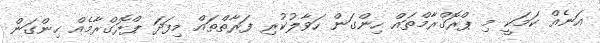
އަނެއް ކަމަކީ މި ޕްރޮގްރާމްތައް ހިންގަން ހަވާލުކުރި ފަރާތްތައް މިފަދަ ޕްރޮގްރާމެއް ހިންގަން